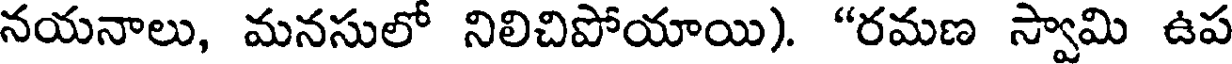
నయనాలు, మనసులో నిలిచిపోయాయి). "రమణ స్వామి ఉప